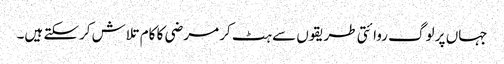
جہاں پر لوگ روائتی طریقوں سے ہٹ کر مرضی کا کام تلاش کرسکتے ہیں۔